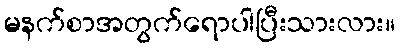
မနက်စာအတွက်ရောပါပြီးသားလား။